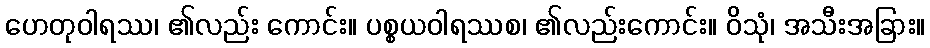
ဟေတုဝါရဿ၊ ၏လည်း ကောင်း။ ပစ္စယဝါရဿစ၊ ၏လည်းကောင်း။ ဝိသုံ၊ အသီးအခြား။